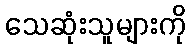
သေဆုံးသူများကို